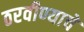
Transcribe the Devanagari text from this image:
ठरवीण्याचे